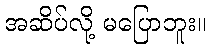
အဆိပ်လို့ မပြောဘူး။